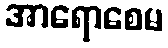
အာရောစေမ